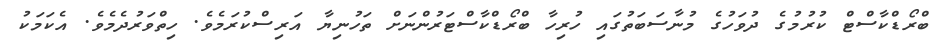
ބްރޯޑްކާސްޓް ކުރުމުގެ ދުވަހުގެ މުނާސަބަތުގައި ހުރިހާ ބްރޯޑްކާސްޓަރުންނަށް ތަހުނިޔާ އަރިސްކުރަމެވެ. ހިތްވަރުދެމެވެ. އެކަމަކު